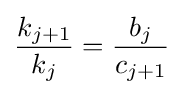
{\frac {k_{j+1}}{k_{j}}}={\frac {b_{j}}{c_{j+1}}}